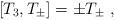
LaTeX: \begin{align*}[T_3, T_{\pm} ] = \pm T_\pm \ ,\end{align*}